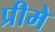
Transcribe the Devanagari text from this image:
प्रीमे